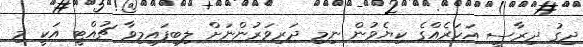
ދިގު ދިރާސީ އަހަރެއްގެ ކިޔެވުން ނިމި ދަރިވަރުންނަށް ލިބިފައިމިވާ ޗުއްޓީ އަކީ މި